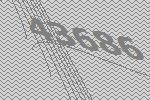
43686